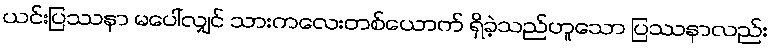
ယင်းပြဿနာ မပေါ်လျှင် သားကလေးတစ်ယောက် ရှိခဲ့သည်ဟူသော ပြဿနာလည်း